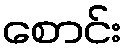
စောင်း